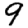
Digit: 9